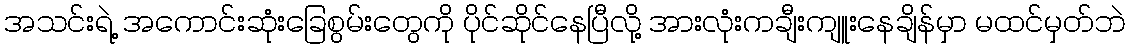
အသင်းရဲ့ အကောင်းဆုံးခြေစွမ်းတွေကို ပိုင်ဆိုင်နေပြီလို့ အားလုံးကချီးကျူးနေချိန်မှာ မထင်မှတ်ဘဲ